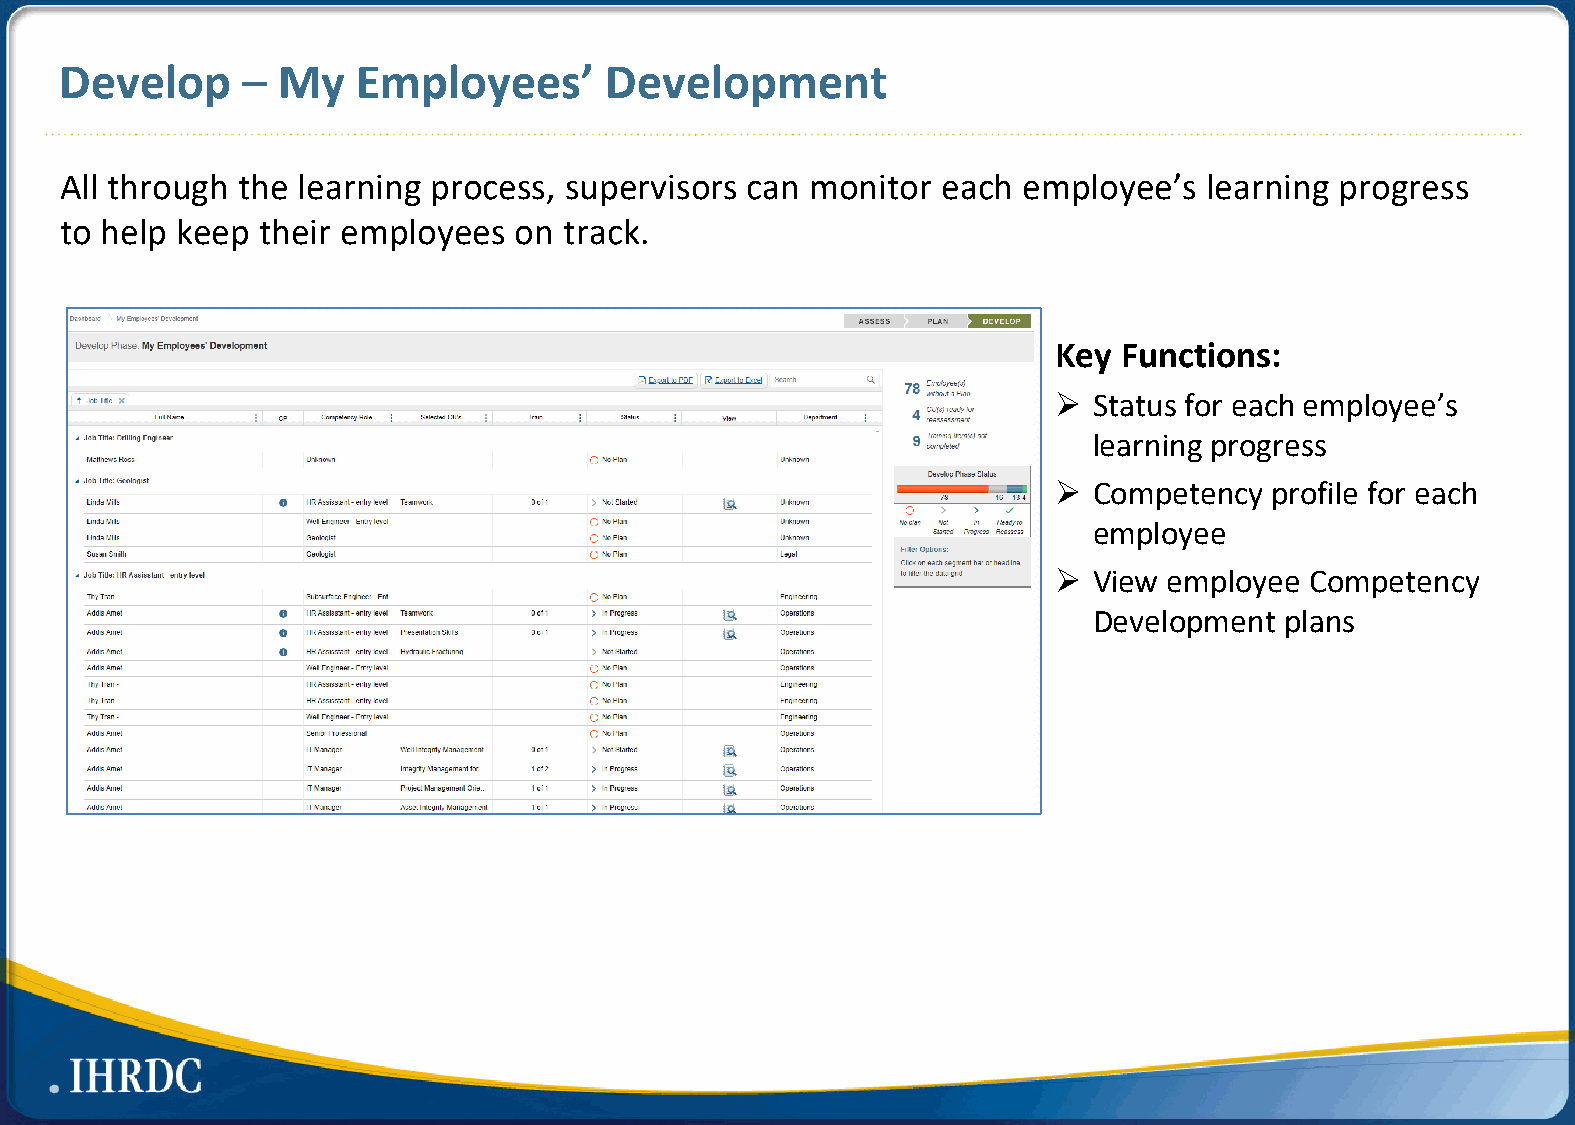
Develop     – My    Employees’      Development
 All through the learning process, supervisors can monitor each  employee’s  learning progress
 to help keep their employees  on track.
 Key Functions:
  Status for each employee’s
 learning progress
  Competency  profile for each
 employee
  View employee  Competency
 Development  plans